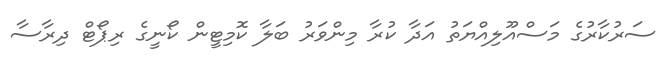
ސަރުކާރުގެ މަސްއޫލިއްޔަތު އަދާ ކުރާ މިންވަރު ބަލާ ކޮމިޓީން ކޯނީގެ ރިޕޯޓް ދިރާސާ